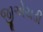
જીએચડી